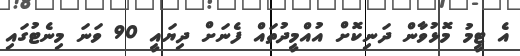
އެ ޓީމު މޮޅުވާން ދަނިކޮށް އުއްމީދުތައް ފެނަށް ދިޔައީ 90 ވަނަ މިނެޓުގައި